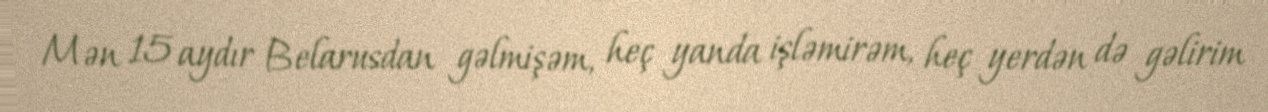
Mən 15 aydır Belarusdan gəlmişəm, heç yanda işləmirəm, heç yerdən də gəlirim